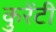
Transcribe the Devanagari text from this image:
कुरेंटी